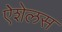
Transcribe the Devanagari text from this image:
ऐशेलस